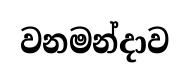
වනමන්දාව